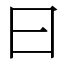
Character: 曰